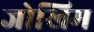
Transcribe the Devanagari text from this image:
जोखिम